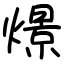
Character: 燝